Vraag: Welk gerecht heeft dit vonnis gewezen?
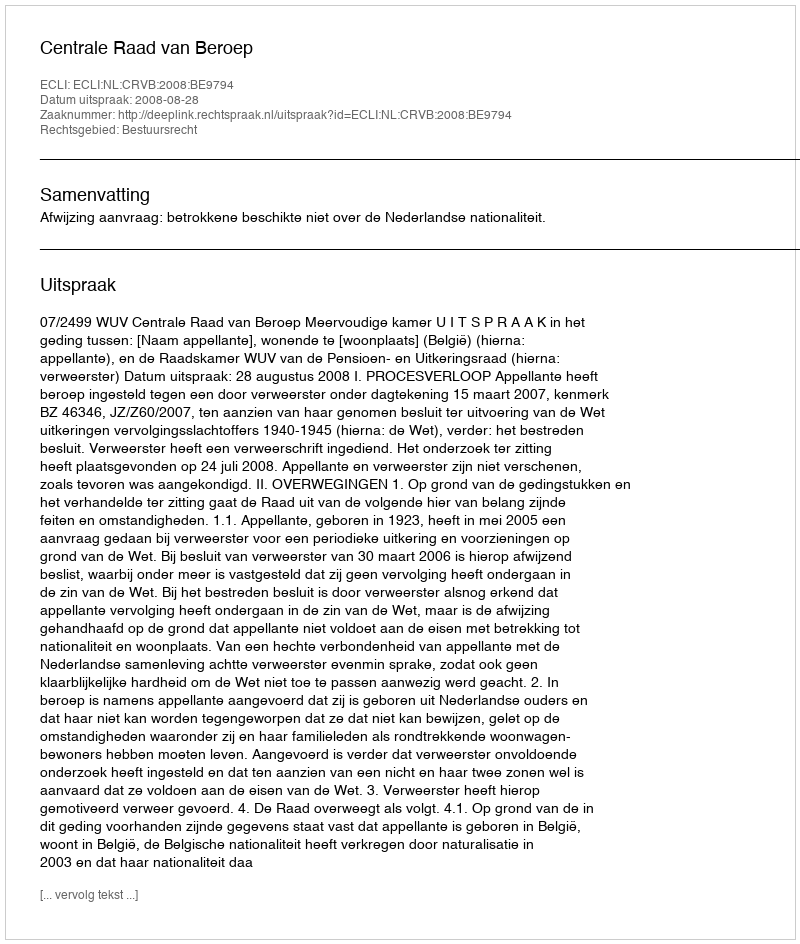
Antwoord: Centrale Raad van Beroep